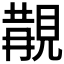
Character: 𧡔